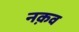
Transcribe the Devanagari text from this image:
नक़व